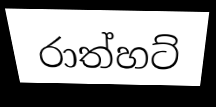
රාත්හට්